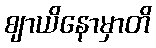
ဈာယိနောမှာတိ